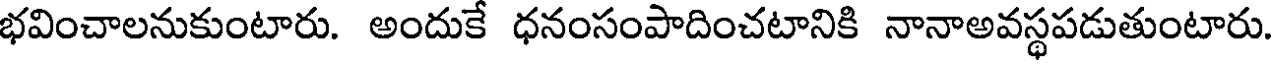
భవించాలనుకుంటారు. అందుకే ధనంసంపాదించటానికి నానాఅవస్థపడుతుంటారు.